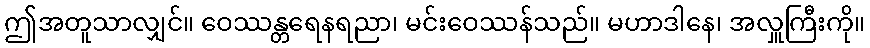
ဤအတူသာလျှင်။ ဝေဿန္တရေနရညာ၊ မင်းဝေဿန်သည်။ မဟာဒါနေ၊ အလှူကြီးကို။